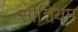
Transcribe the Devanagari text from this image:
सीशियम